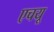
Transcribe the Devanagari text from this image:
एचयू